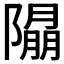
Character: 𨼖